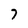
Character: 7